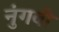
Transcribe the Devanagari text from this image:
नुंगवी